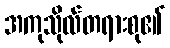
အကုသိုလ်တရားစု၏